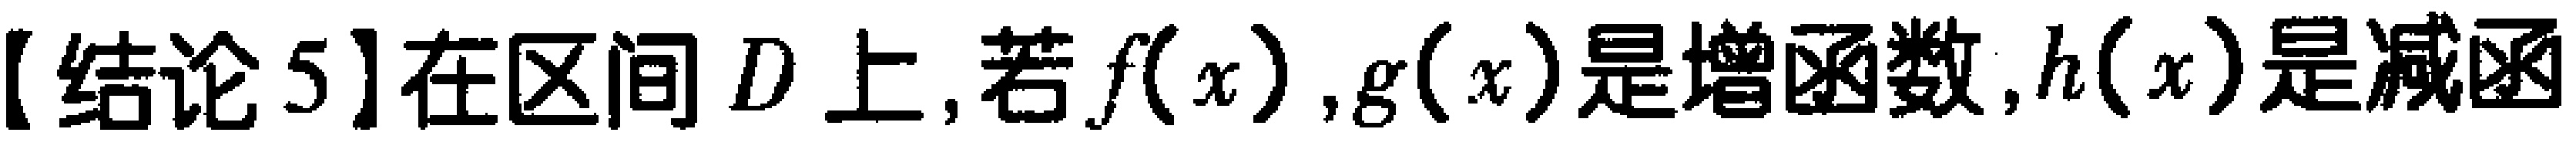
【结论5】在区间 \(D\) 上, 若 \(f(x),g(x)\) 是增函数, \(h(x)\) 是减函